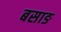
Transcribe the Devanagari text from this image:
बसाङ